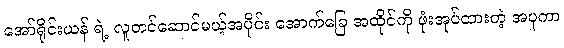
အော်ရိုင်းယန် ရဲ့ လူတင်ဆောင်မယ့်အပိုင်း အောက်ခြေ အထိုင်ကို ဖုံးအုပ်ထားတဲ့ အပူကာ